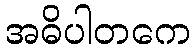
အဓိပါတကေ